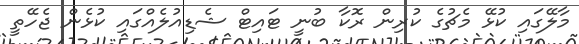
މާލޭގައި ކުޅޭ މެޗުގެ ކުރިން ރޮކާ ބުނީ ޓައިޓް ޝެޑިއުލެއްގައި ކުޅެން ޖެހޭތީ